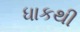
ધાકથી